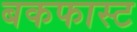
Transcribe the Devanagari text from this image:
बकफास्ट